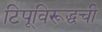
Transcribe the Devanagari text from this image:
टिपूविरूद्धची